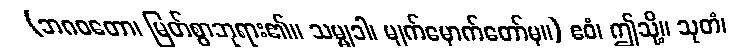
(ဘဂဝတော၊ မြတ်စွာဘုရား၏။ သမ္မုခါ၊ မျက်မှောက်တော်မှ။) ဧဝံ၊ ဤသို့။ သုတံ၊